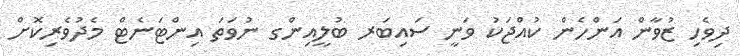
ދިވެހި ޒުވާން އަންހެން ކުއްޖަކު ވަނީ ސައިބަރ ބުލީއިންގ ނުވަތަ އިންޓަނެޓް މެދުވެރިކޮށް